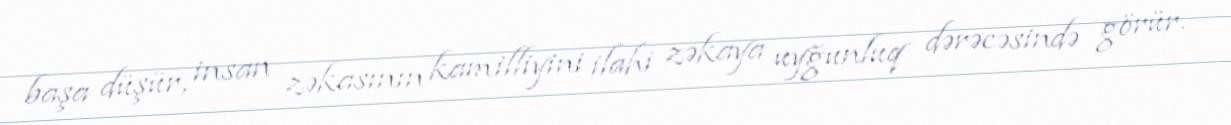
başa düşür, insan zəkasının kamilliyini ilahi zəkaya uyğunluq dərəcəsində görür.